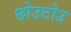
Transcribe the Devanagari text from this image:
छोउटोउ